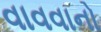
વાવવાનો